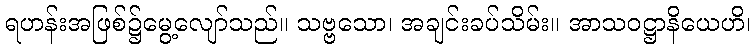
ရဟန်းအဖြစ်၌မွေ့လျော်သည်။ သဗ္ဗသော၊ အချင်းခပ်သိမ်း။ အာသဝဋ္ဌာနိယေဟိ၊